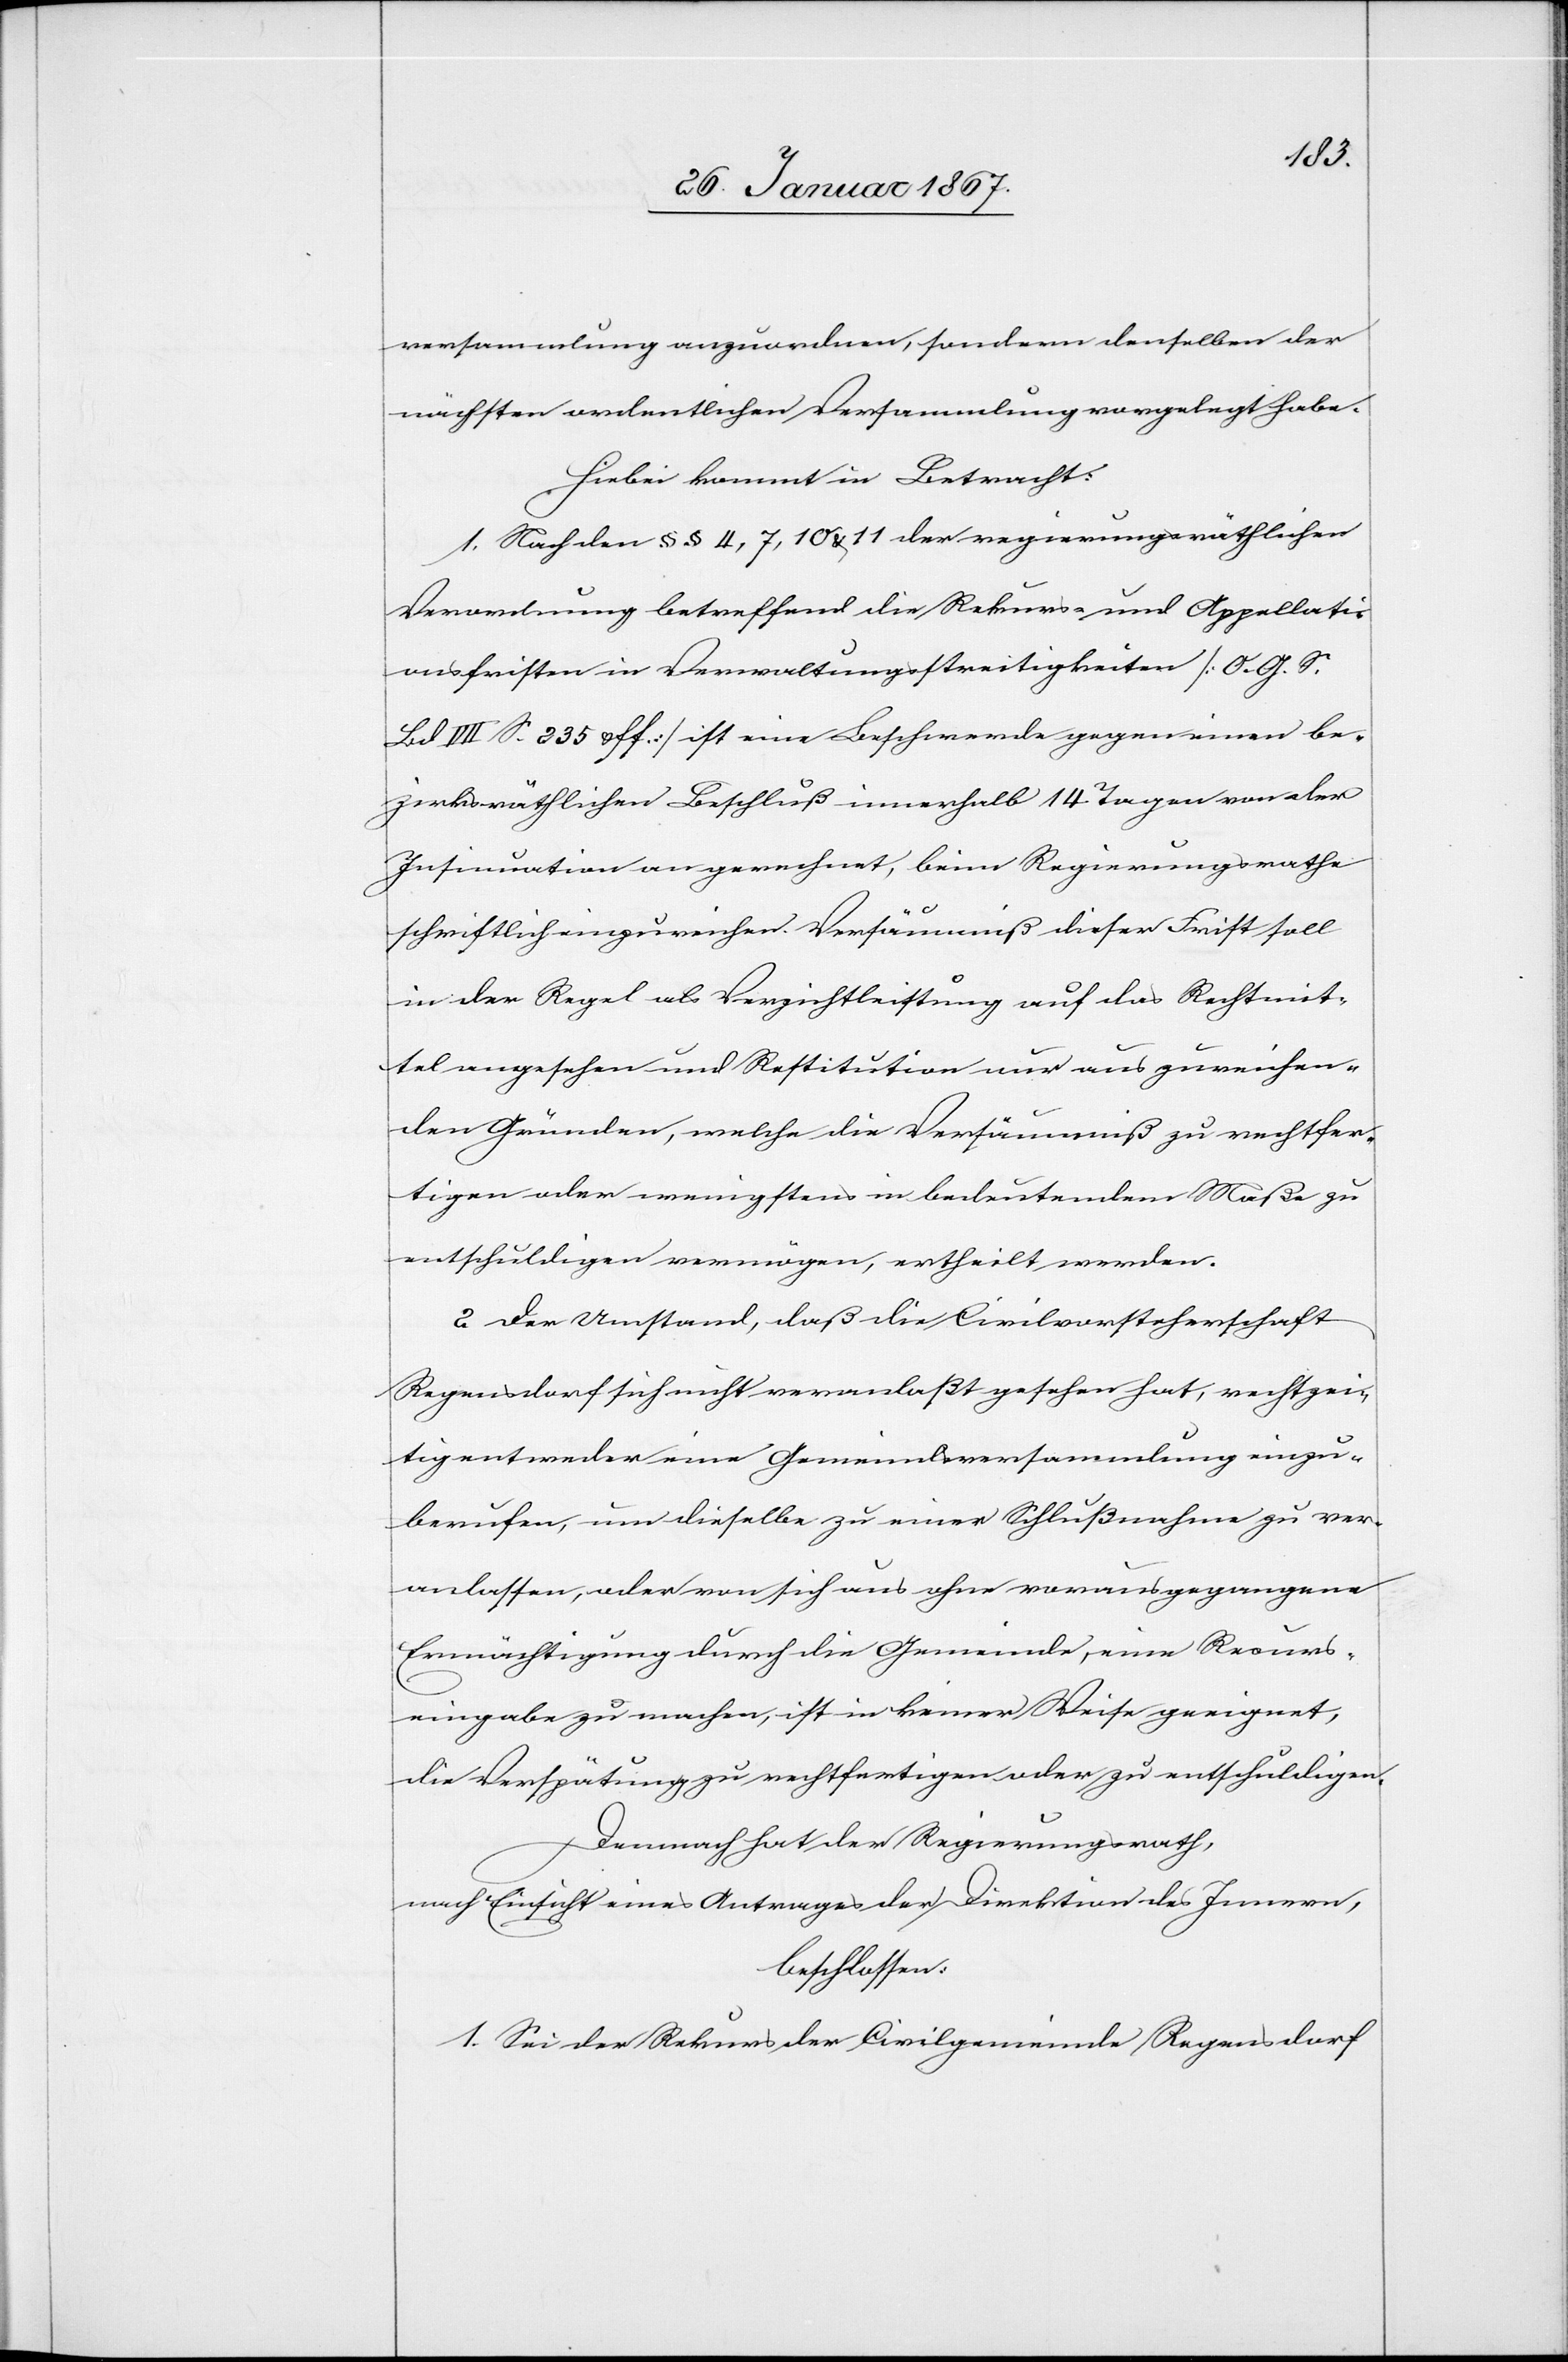
versammlung anzuordnen, sondern denselben der
nächsten ordentlichen Versammlung vorgelegt habe.
Hiebei kommt in Betracht:
1. Nach den §§ 4, 7, 10 & 11 der regierungsräthlichen
Verordnung betreffend die Rekurs- und Appellati¬
onsfristen in Verwaltungsstreitigkeiten (O. G. S.
Bd IIII S. 235 uff) ist eine Beschwerde gegen einen be¬
zirksräthlichen Beschluß innerhalb 14 Tagen von der
Insinuation an gerechnet, beim Regierungsrathe
schriftlich einzureichen. Versäumniß dieser Frist soll
in der Regel als Verzichtleistung auf das Rechtmit¬
tel angesehen und Restitution nur aus zureichen¬
den Gründen, welche die Versäumniß zu rechtfer¬
tigen oder wenigstens in bedeutendem Maße zu
entschuldigen vermögen, ertheilt werden.
2. Der Umstand, daß die Civilvorsteherschaft
Regensdorf sich nicht veranlaßt gesehen hat, rechtzei¬
tig entweder eine Gemeindsversammlung einzu¬
berufen, um dieselbe zu einer Schlußnahme zu ver¬
anlassen, oder von sich aus ohne vorausgegangene
Ermächtigung durch die Gemeinde, eine Recurs¬
eingabe zu machen, ist in keiner Weise geeignet,
die Verspätung zu rechtfertigen oder zu entschuldigen.
Demnach hat der Regierungsrath,
nach Einsicht eines Antrages der Direktion des Innern,
beschlossen:
1. Sei der Rekurs der Civilgemeinde Regensdorf